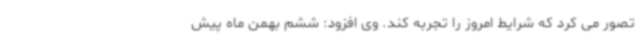
تصور می کرد که شرایط امروز را تجربه کند. وی افزود: ششم بهمن ماه پیش